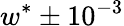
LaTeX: w^{*}\pm 10^{-3}